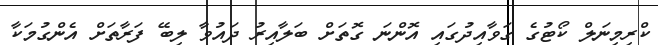
ކްރިމިނަލް ކޯޓުގެ ގަވާއިދުގައި އޮންނަ ގޮތަށް ބަލާއިރު ދައުވާ ލިބޭ ފަރާތަށް އެންގުމަކާ